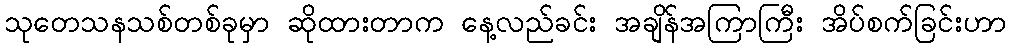
သုတေသနသစ်တစ်ခုမှာ ဆိုထားတာက နေ့လည်ခင်း အချိန်အကြာကြီး အိပ်စက်ခြင်းဟာ